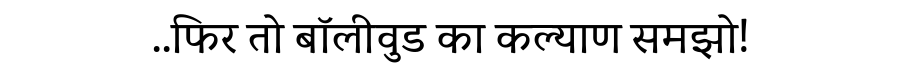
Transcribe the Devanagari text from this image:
..फिर तो बॉलीवुड का कल्याण समझो!